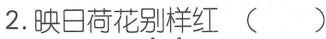
2.映日荷花\underset{·}{别样}红( )